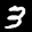
Label: 3